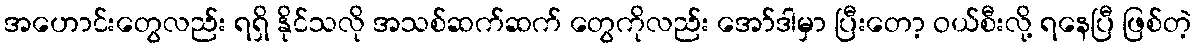
အဟောင်းတွေလည်း ရရှိ နိုင်သလို အသစ်ဆက်ဆက် တွေကိုလည်း အော်ဒါမှာ ပြီးတော့ ဝယ်စီးလို့ ရနေပြီ ဖြစ်တဲ့